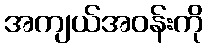
အကျယ်အဝန်းကို